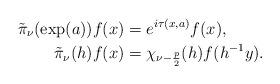
LaTeX: \begin{align*} \tilde\pi_\nu(\exp(a))f(x) &= e^{i\tau(x,a)}f(x),\\ \tilde\pi_\nu(h)f(x) &= \chi_{\nu-\frac{p}{2}}(h)f(h^{-1}y).\end{align*}